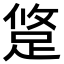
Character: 跾